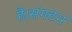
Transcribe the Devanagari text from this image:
है।संगठन